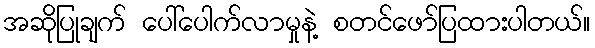
အဆိုပြုချက် ပေါ်ပေါက်လာမှုနဲ့ စတင်ဖော်ပြထားပါတယ်။